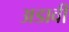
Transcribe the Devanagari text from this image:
अडावी